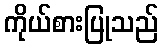
ကိုယ်စားပြုသည်